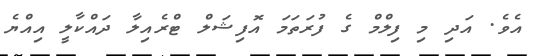
އެވެ. އަދި މި ފިލްމް ގެ ފުރަތަމަ އޮފިޝަލް ޓްރެއިލާ ދައްކާލީ އިއްޔެ